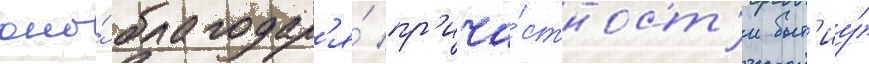
оно́ благодар'я́ пр'ича́стност'и быт'иу́